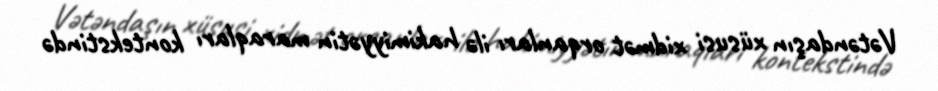
Vətəndaşın xüsusi xidmət orqanları ilə hakimiyyətin maraqları kontekstində